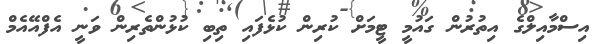
އިސްމާއިލްގެ އިތުރުން ގައުމީ ޓީމަށް ކުރިން ކުޅެފައި ތިބި ކުޅުންތެރިން ވަނީ އެފްއޭއެމް